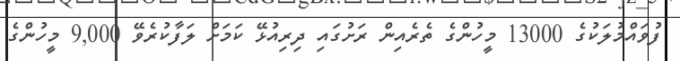
ފުވައްމުލަކުގެ 13000 މީހުންގެ ތެރެއިން ރަށުގައި ދިރިއުޅޭ ކަމަށް ލަފާކުރެވޭ 9